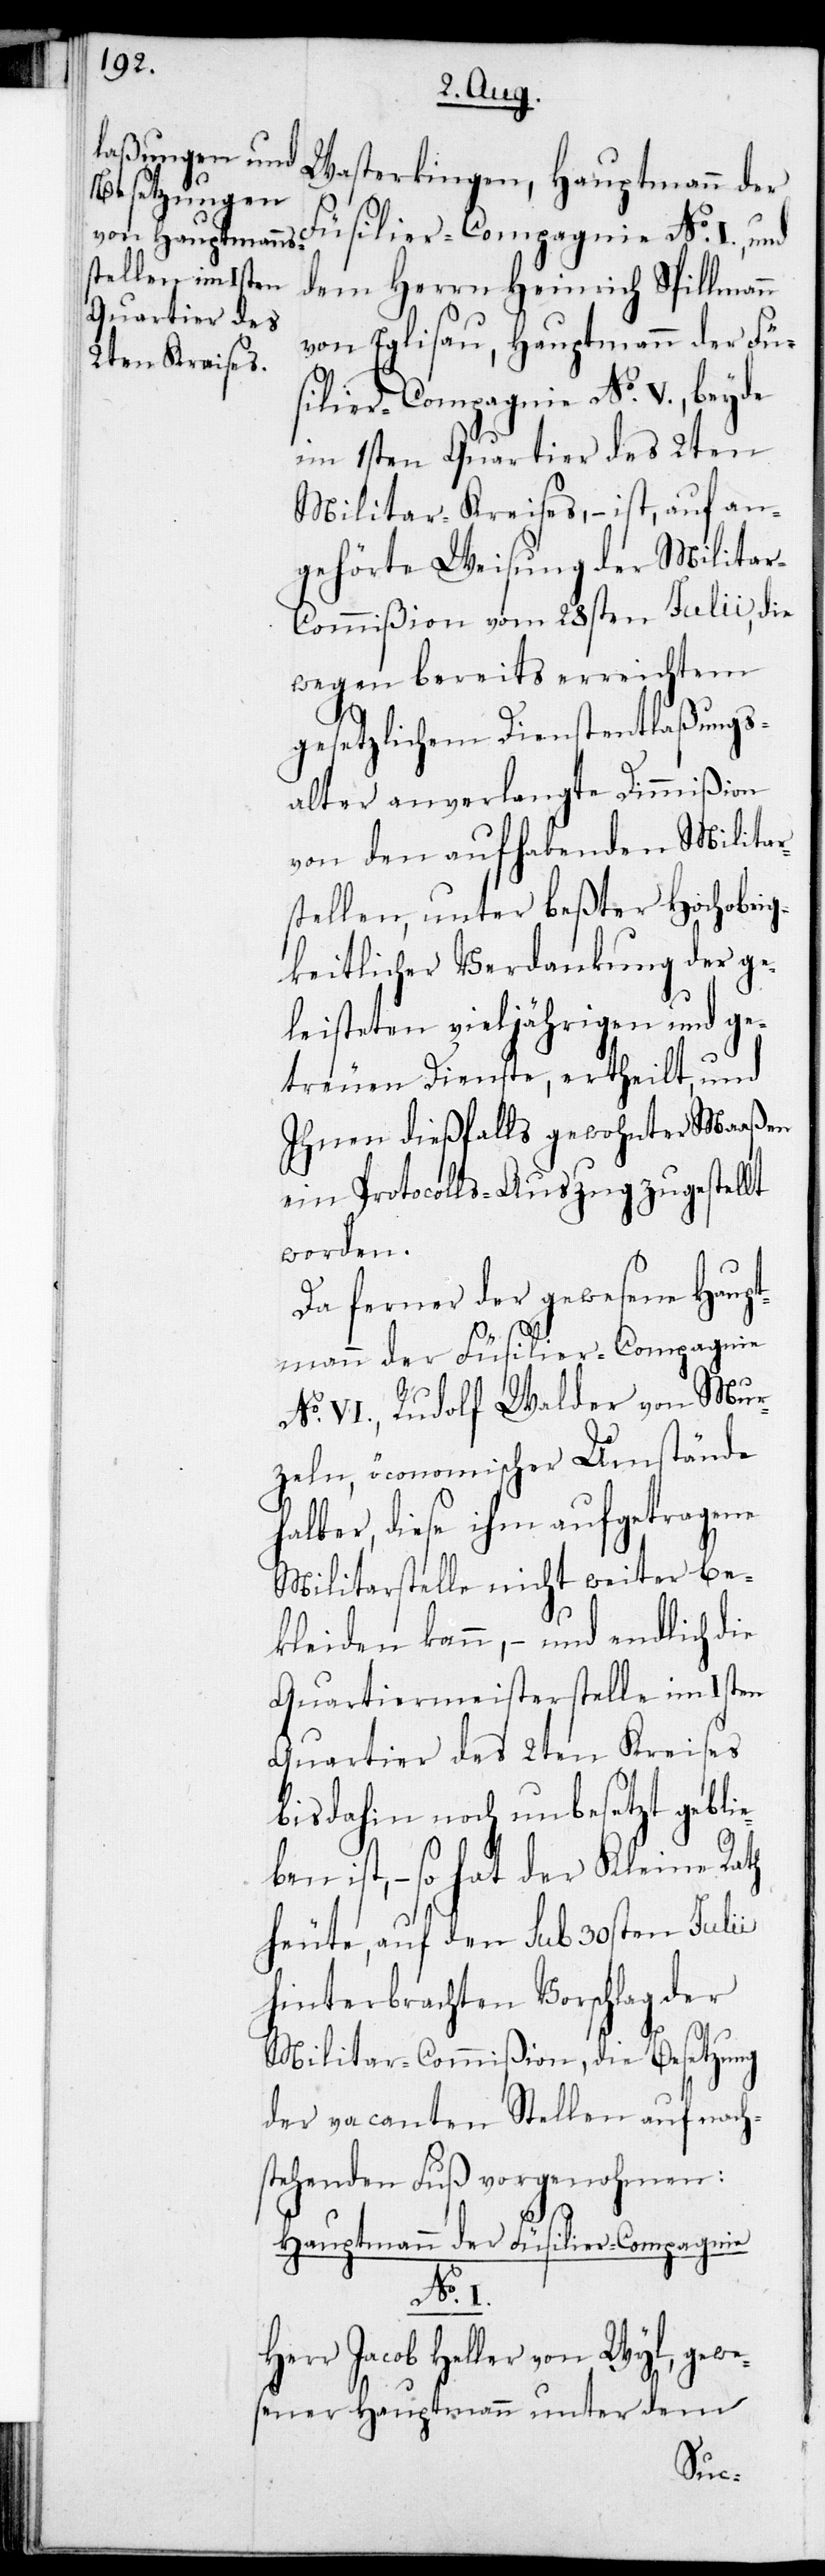
Wasterkingen, Hauptmann der
Füsilier-Compagnie No I., und
dem Herrn Heinrich Spillmann
von Eglisau, Hauptmann der Fü¬
silier-Compagnie No V., beyde
im 1sten Quartier des 2ten
Militar-Kreises, – ist, auf an¬
gehörte Weisung der Militar-C¬
ommißion vom 28sten Julii, die
wegen bereits erreichtem
gesetzlichem Dienstentlaßungs¬
alter anverlangte Dimmißion
von den aufhabenden Militar¬
stellen, unter beßter Hochobrig¬
keitlicher Verdankung der ge¬
leisteten vieljährigen und ge¬
treuen Dienste, ertheilt, und
Ihnen dießfalls gewohnter Maaßen
ein Protocolls-Auszug zugestellt
worden.
Da ferner der gewesene Haupt¬
mann der Füsilier-Compagnie
No VI., Rudolf Walder von Mur¬
zeln, öconomischer Umstände
halber, diese ihm aufgetragene
Militarstelle nicht weiter be¬
kleiden kann, – und endlich die
Quartiermeisterstelle im 1sten
Quartier des 2ten Kreises
bis dahin noch unbesetzt geblie¬
ben ist, – so hat der Kleine Rath
heute, auf den sub 30sten Julii
hinterbrachten Vorschlag der
Militar-Commißion, die Besetzung
der vacanten Stellen auf nach¬
stehenden Fuß vorgenohmen:
Hauptmann der Füsilier-Compagnie
No. I.
Herr Jacob Heller von Wyl, gewe¬
sener Hauptmann unter dem